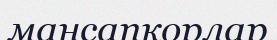
мансапқорлар